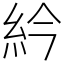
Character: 紟